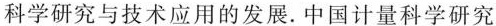
科学研究与技术应用的发展. 中国计量科学研究